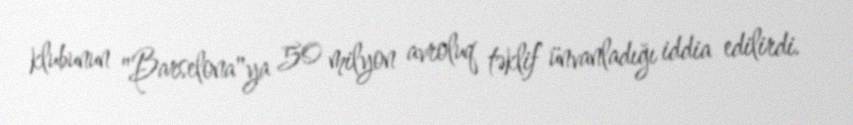
klubunun "Barselona"ya 50 milyon avroluq təklif ünvanladığı iddia edilirdi.